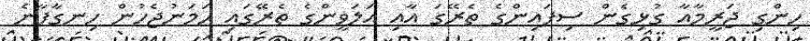
ހިންގި ޖަރީމާއާ ގުޅިގެން ސިފައިންގެ ތެރޭގަ އާއި އަލަވީންގެ ތެރޭގައި ހަމަނުޖެހުން ހިނގާފާނެ